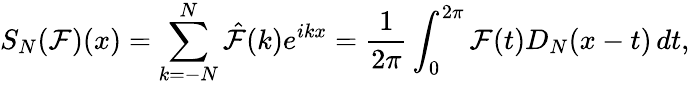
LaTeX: S_{N}(\mathcal{F})(x)=\sum_{k=-N}^{N}{\hat{{\mathcal{F}}}}(k)e^{ikx}={\frac{{1}}{{2\pi}}}\int_{0}^{2\pi}\mathcal{F}(t)D_{N}(x-t)\, dt,